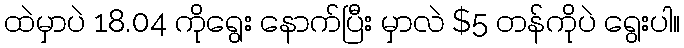
ထဲမှာပဲ 18.04 ကိုရွေး နောက်ပြီး မှာလဲ $5 တန်ကိုပဲ ရွေးပါ။